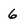
Character: 6